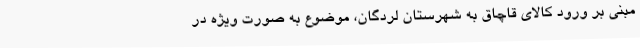
مبنی بر ورود کالای قاچاق به شهرستان لردگان، موضوع به صورت ویژه در